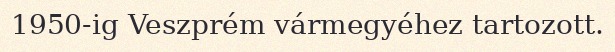
1950-ig Veszprém vármegyéhez tartozott.